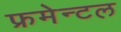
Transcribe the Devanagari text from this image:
फ्रमेन्टल